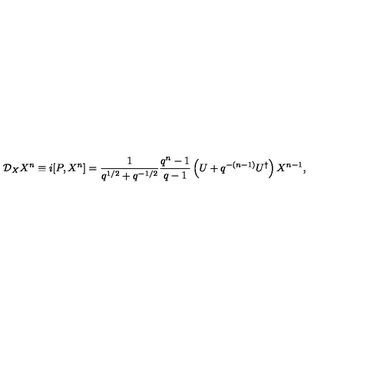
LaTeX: \mathcal { D } _ { X } X ^ { n } \equiv i [ P , X ^ { n } ] = \frac { 1 } { q ^ { 1 / 2 } + q ^ { - 1 / 2 } } \frac { q ^ { n } - 1 } { q - 1 } \left( U + q ^ { - ( n - 1 ) } U ^ { \dagger } \right) X ^ { n - 1 } ,